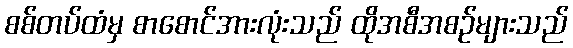
စစ်တပ်ထံမှ စာစောင်အားလုံးသည် ထိုအစီအစဉ်များသည်